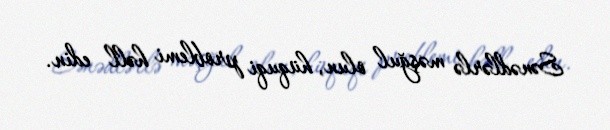
Sənədlərlə məşğul olun, hüquqi problemi həll edin.